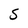
Character: S